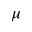
\mu